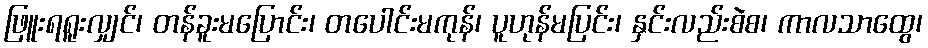
ဖြူးရရူးလျှင်၊ တန်ခူးမပြောင်း၊ တပေါင်းမကုန်၊ ပူဟုန်မပြင်း၊ နှင်းလည်းစဲစ၊ ကာလသာထွေ၊